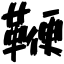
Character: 鞭